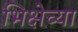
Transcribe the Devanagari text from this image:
भिक्षेच्या